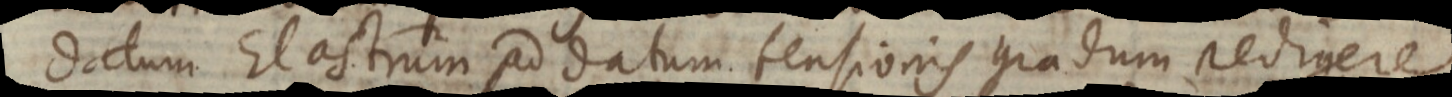
datum Elastrum ad datum tensionis gradum redigere,